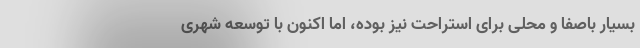
بسیار باصفا و محلی برای استراحت نیز بوده، اما اکنون با توسعه شهری